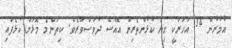
އުމުރުން 34 އަހަރަކީ ގިނަ ކުޅުންތެރިން އޮއްސޭ ދުވަސްވަރެވެ. ކިތަންމެ މޮޅަށް ކުޅެފައި